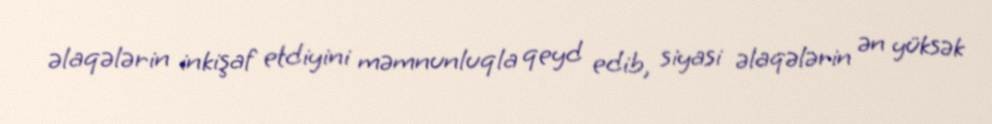
əlaqələrin inkişaf etdiyini məmnunluqla qeyd edib, siyasi əlaqələrin ən yüksək